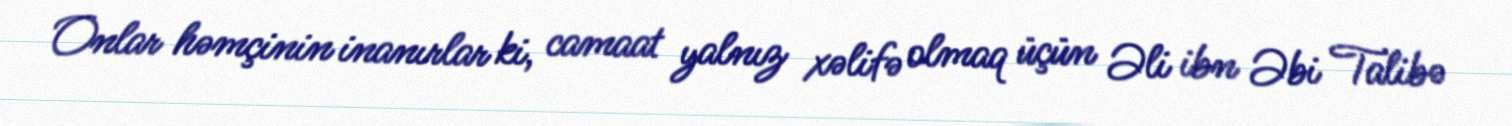
Onlar həmçinin inanırlar ki, camaat yalnız xəlifə olmaq üçün Əli ibn Əbi Talibə